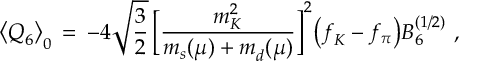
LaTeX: \bigl \langle Q _ { 6 } ^ { } \bigr \rangle _ { 0 } ^ { } \, = \, - 4 \sqrt { \frac { 3 } { 2 } } \, \biggl [ \frac { m _ { K } ^ { 2 } } { m _ { s } ^ { } ( \mu ) + m _ { d } ^ { } ( \mu ) } \biggr ] ^ { 2 } \bigl ( f _ { K } ^ { } - f _ { \pi } ^ { } \bigr ) B _ { 6 } ^ { ( 1 / 2 ) } \, \, ,